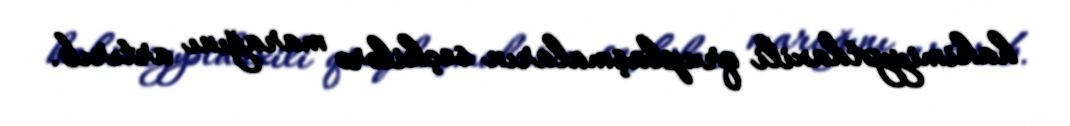
hakimiyyətdaxili qruplaşmaların seçkilərə marağını artırıb.